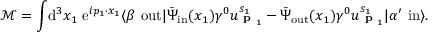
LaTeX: { \mathcal { M } } = \int \! \mathrm { d } ^ { 3 } x _ { 1 } \; \mathrm { e } ^ { i p _ { 1 } \cdot x _ { 1 } } \langle \beta \ \mathrm { o u t } | { \bar { \Psi } } _ { \mathrm { i n } } ( x _ { 1 } ) \gamma ^ { 0 } u _ { { \textbf { p } } _ { 1 } } ^ { s _ { 1 } } - { \bar { \Psi } } _ { \mathrm { o u t } } ( x _ { 1 } ) \gamma ^ { 0 } u _ { { \textbf { p } } _ { 1 } } ^ { s _ { 1 } } | \alpha ^ { \prime } \ \mathrm { i n } \rangle .